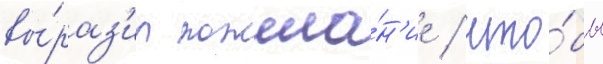
вы́раз'ил пожела́н'ие / что́бы